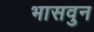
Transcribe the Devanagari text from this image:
भासवुन